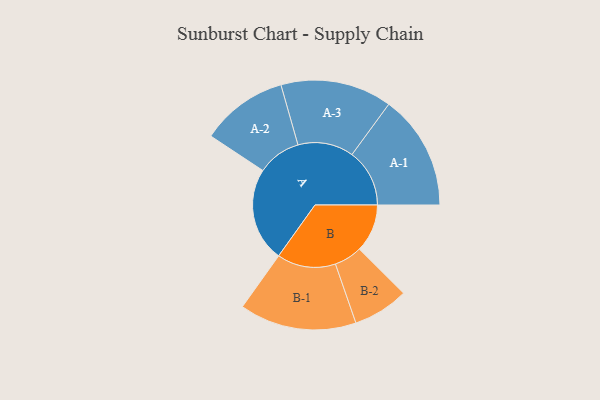
{"axis": {"x": "Segment", "y": "Value"}, "legend": ["", "A", "B"], "data": [{"x": "A", "y": 402, "type": ""}, {"x": "B", "y": 205, "type": ""}, {"x": "A-1", "y": 246, "type": "A"}, {"x": "A-2", "y": 186, "type": "A"}, {"x": "A-3", "y": 238, "type": "A"}, {"x": "B-1", "y": 250, "type": "B"}, {"x": "B-2", "y": 119, "type": "B"}]}